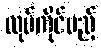
လုပ်ကိုင်မည့်